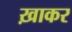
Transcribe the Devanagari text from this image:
ख़ाकर